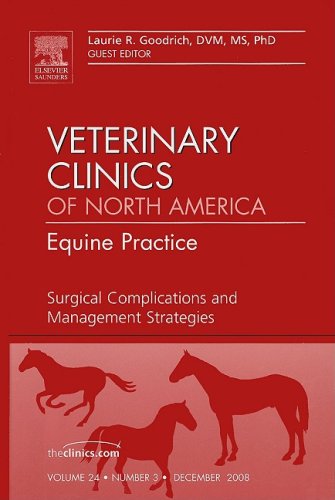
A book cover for Surgical Complications and Management Strategies, An issue of Veterinary Clinics: Equine Practice, 1e (The Clinics: Veterinary Medicine); Laurie Goodrich DVM  MS  PhD; Medical Books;